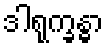
ဒါရုက္ခန္ဓာ